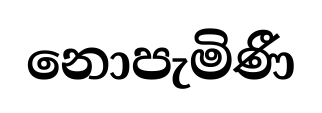
නොපැමිණී